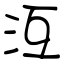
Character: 沍